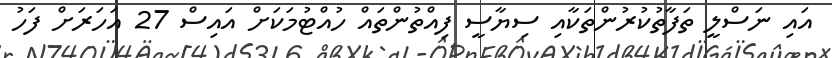
އައި ނަސްލީ ތަފާތުކުރުންތަކާއި ސިޔާސީ ފިއްތުންތައް ހުއްޓުމަކަށް އައިސް 27 އަހަރަށް ފަހު